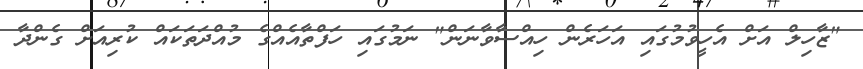
"ޒާހިލް އަށް އެހީވުމުގައި އަހަރެން ހިއްސާވާނަން" ނަމުގައި ހަފްތާއެއްގެ މުއްދަތަކައް ކުރިއަށް ގެންދާ